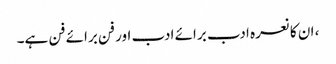
، ان کا نعرہ ادب برائے ادب اور فن برائے فن ہے۔